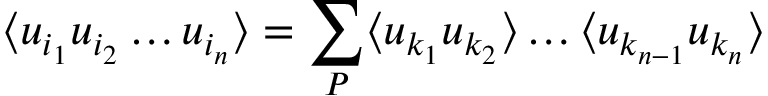
\langle u _ { i _ { 1 } } u _ { i _ { 2 } } \dots u _ { i _ { n } } \rangle = \sum _ { P } \langle u _ { k _ { 1 } } u _ { k _ { 2 } } \rangle \dots \langle u _ { k _ { n - 1 } } u _ { k _ { n } } \rangle